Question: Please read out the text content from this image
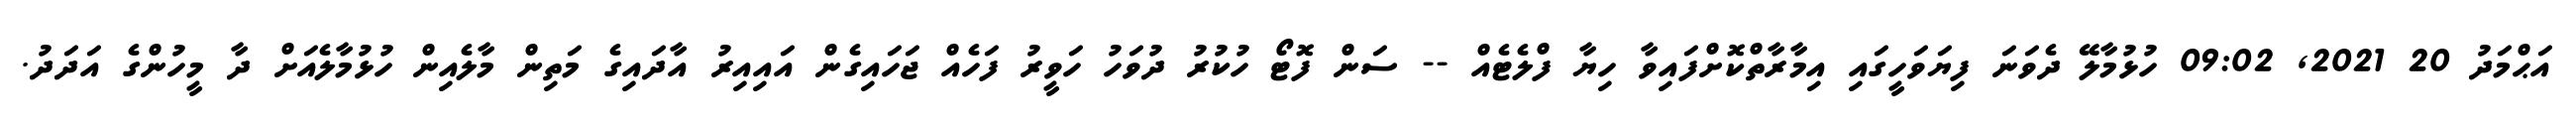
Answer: އަޙްމަދު 20 2021, 09:02 ހުޅުމާލޭ ދެވަނަ ފިޔަވަހީގައި އިމާރާތްކޮށްފައިވާ ހިޔާ ފްލެޓެއް -- ސަން ފޮޓޯ ހުކުރު ދުވަހު ހަވީރު ފަހެއް ޖަހައިގެން އައިއިރު އާދައިގެ މަތިން މާލެއިން ހުޅުމާލެއަށް ދާ މީހުންގެ އަދަދު.